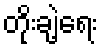
တိုးချဲ့ရေး